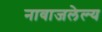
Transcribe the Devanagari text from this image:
नावाजलेल्य